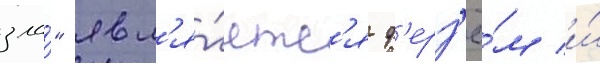
зла́" явл'я́етс'я ф'ерз'ё́м и́